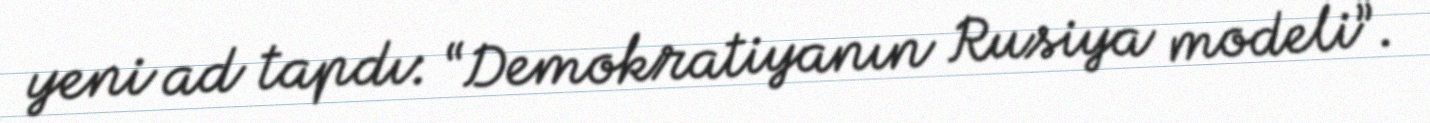
yeni ad tapdı: “Demokratiyanın Rusiya modeli”.